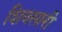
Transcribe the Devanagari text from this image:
शिवसारी